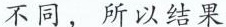
不同，所以结果